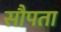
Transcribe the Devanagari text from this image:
सौपता